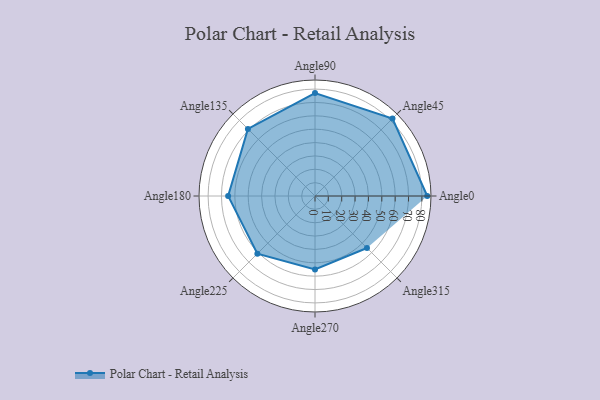
{"axis": {"x": "Angle", "y": "Radius"}, "legend": [""], "data": [{"x": "Angle0", "y": 84.0, "type": ""}, {"x": "Angle45", "y": 82.0, "type": ""}, {"x": "Angle90", "y": 77.0, "type": ""}, {"x": "Angle135", "y": 71.0, "type": ""}, {"x": "Angle180", "y": 65.0, "type": ""}, {"x": "Angle225", "y": 61.0, "type": ""}, {"x": "Angle270", "y": 55.0, "type": ""}, {"x": "Angle315", "y": 55.0, "type": ""}]}